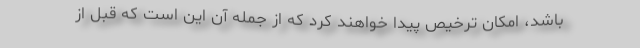
باشد، امکان ترخیص پیدا خواهند کرد که از جمله آن این است که قبل از